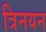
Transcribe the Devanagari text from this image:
त्रिनयन